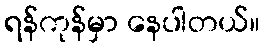
ရန်ကုန်မှာ နေပါတယ်။